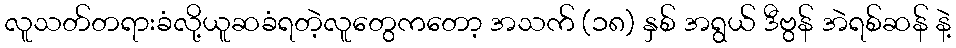
လူသတ်တရားခံလို့ယူဆခံရတဲ့လူတွေကတော့ အသက် (၁၈) နှစ် အရွယ် ဒီဗွန် အဲရစ်ဆန် နဲ့